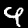
Digit: 9